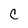
Character: C